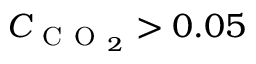
C _ { \mathrm { ~ C ~ O ~ } _ { 2 } } > 0 . 0 5